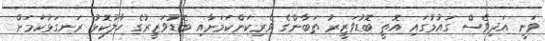
ވަނީ އަދިވެސް ގައުމުގައި އޮތީ ބޮޑުވަޒީރު ތަބާންގެ ވެރިކަންކަމަށާއި ބޮޑުވަޒީރުގެ ހާލުކޮޅު ރަނގަޅުކަމަށް